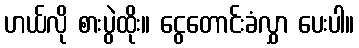
ဟယ်လို စားပွဲထိုး။ ငွေတောင်းခံလွှာ ပေးပါ။